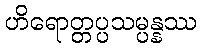
ဟိရောတ္တပ္ပသမ္ပန္နဿ